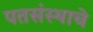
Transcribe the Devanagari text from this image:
पतसंस्थाचे